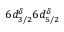
6 d _ { 3 / 2 } ^ { \delta } 6 d _ { 5 / 2 } ^ { \delta }